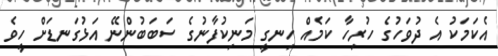
އެކަމަކު އެ ދުވަހުގެ ހުރިހާ ކަމެއް ހިނގީ މަނިކުފާނުގެ ސަބަބުންނޭ އަޅުގަނޑަށް ހީވެ